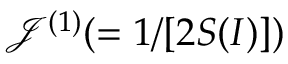
\mathcal { J } ^ { ( 1 ) } ( = 1 / [ 2 S ( I ) ] )